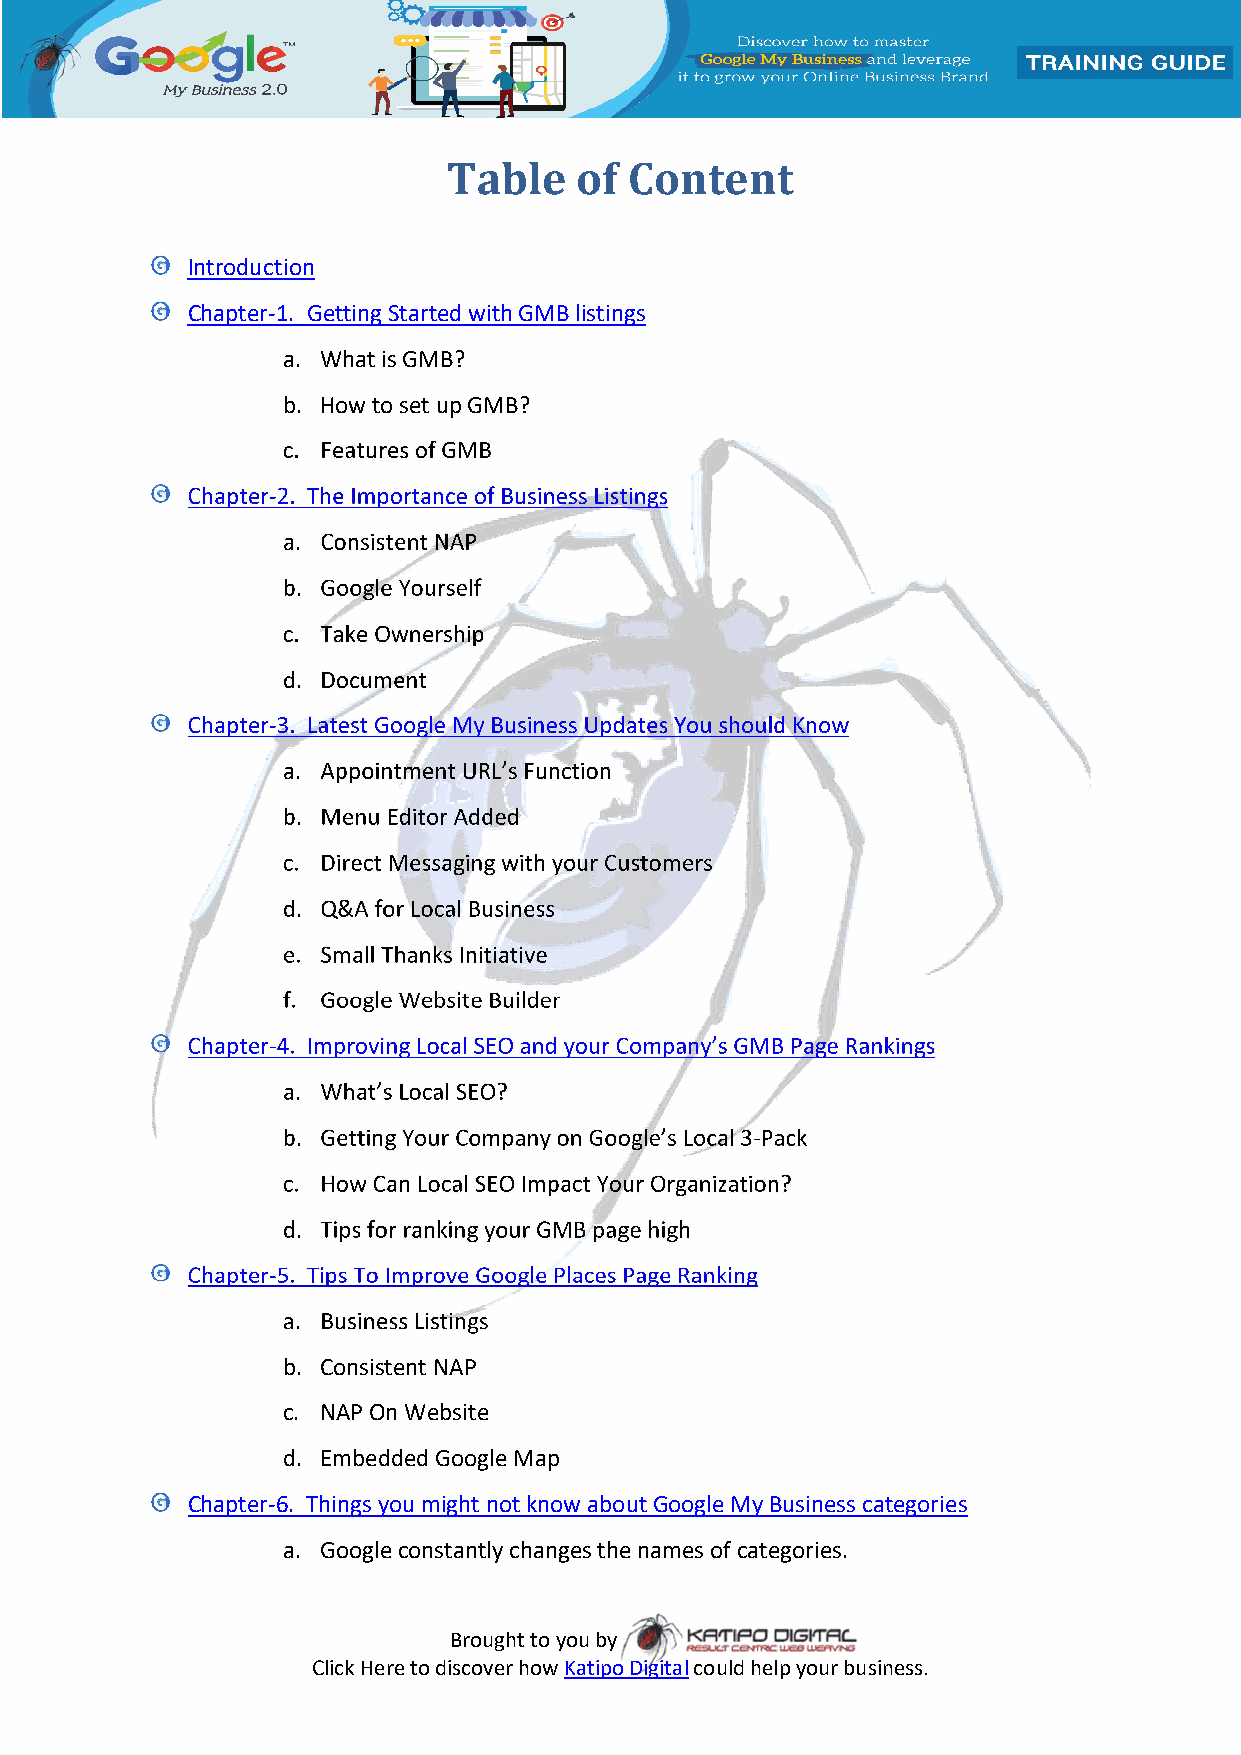
Table   of  Content
 Introduction
 Chapter-1. Getting Started with GMB listings
 a. What is GMB?
 b. How to set up GMB?
 c. Features of GMB
 Chapter-2. The Importance of Business Listings
 a. Consistent NAP
 b. Google Yourself
 c. Take Ownership
 d. Document
 Chapter-3. Latest Google My Business Updates You should Know
 a. Appointment URL’s Function
 b. Menu Editor Added
 c. Direct Messaging with your Customers
 d. Q&A for Local Business
 e. Small Thanks Initiative
 f. Google Website Builder
 Chapter-4. Improving Local SEO and your Company’s GMB Page Rankings
 a. What’s Local SEO?
 b. Getting Your Company on Google’s Local 3-Pack
 c. How Can Local SEO Impact Your Organization?
 d. Tips for ranking your GMB page high
 Chapter-5. Tips To Improve Google Places Page Ranking
 a. Business Listings
 b. Consistent NAP
 c. NAP On Website
 d. Embedded Google Map
 Chapter-6. Things you might not know about Google My Business categories
 a. Google constantly changes the names of categories.
 Brought to you by
 Click Here to discover how Katipo Digital could help your business.